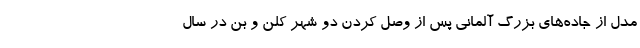
مدل از جاده‌های بزرگ آلمانی پس از وصل کردن دو شهر کلن و بُن در سال